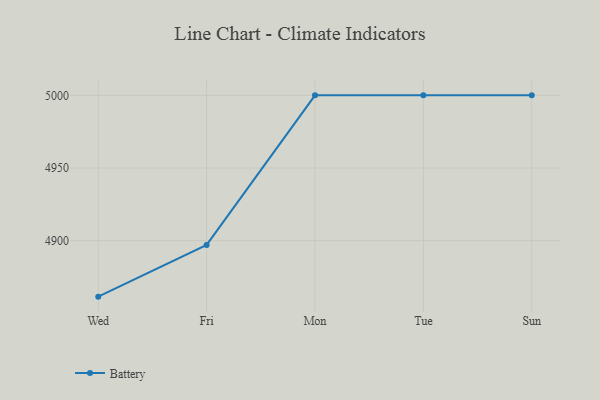
{"axis": {"x": "Day", "y": "Backlog"}, "legend": ["Battery"], "data": [{"x": "Wed", "y": 4861.5, "type": "Battery"}, {"x": "Fri", "y": 4897.1, "type": "Battery"}, {"x": "Mon", "y": 5000, "type": "Battery"}, {"x": "Tue", "y": 5000, "type": "Battery"}, {"x": "Sun", "y": 5000, "type": "Battery"}]}